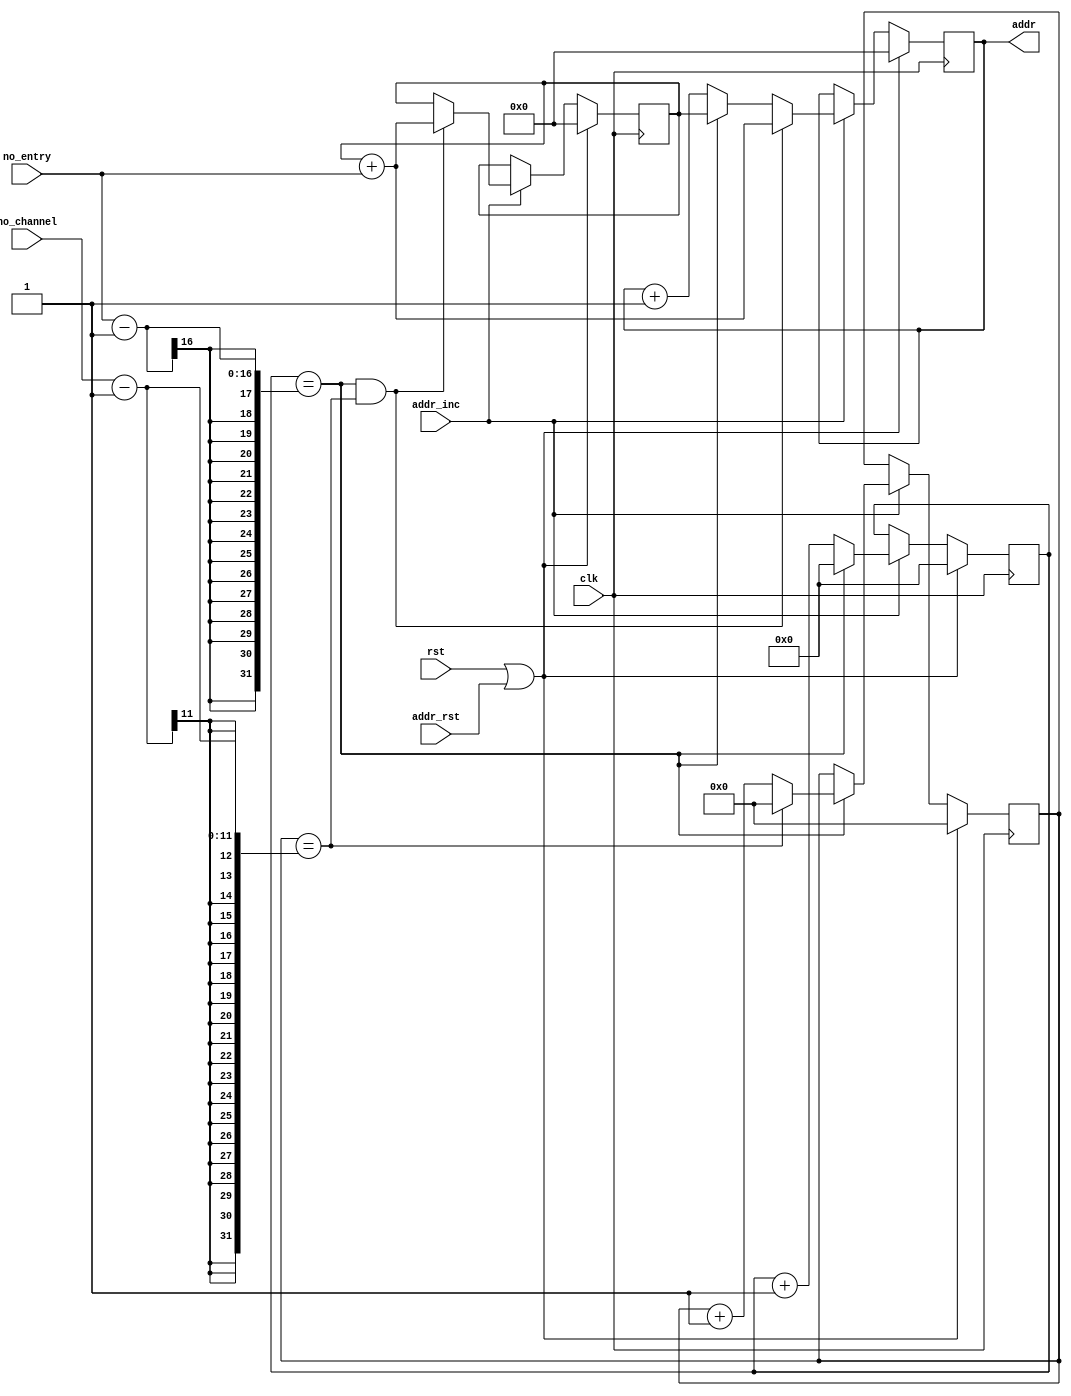
`timescale 1ns / 1ps
//////////////////////////////////////////////////////////////////////////////////
// Company: 
// Engineer: 
// 
// Design Name: 
// Module Name: out_addr_gen
// Project Name: 
// Target Devices: 
// Tool Versions: 
// Description: 
// 
// Dependencies: 
// 
// Revision:
// Revision 0.01 - File Created
// Additional Comments:
// 
//////////////////////////////////////////////////////////////////////////////////


module out_addr_gen(
clk,rst,

addr_rst,
addr_inc, // connect to ff_ren
no_entry, // number of entries in 1 channel (width*width)
no_channel,

addr
    );
    
    parameter BRAM_ADDR_BIT = 32;
    parameter NO_ENTRY_BIT = 16;
    parameter NO_CHANNEL_BIT = 11;
/////////////////////////////////////////////////////////////////////////////
    input                               clk,rst,addr_inc;
    input       [NO_ENTRY_BIT-1:0]      no_entry;
    input       [NO_CHANNEL_BIT-1:0]    no_channel;
    input                               addr_rst;
    output  reg [BRAM_ADDR_BIT-1:0]     addr;
/////////////////////////////////////////////////////////////////////////////
    reg     [BRAM_ADDR_BIT-1:0]         addr_savePoint;
    
    reg     [NO_ENTRY_BIT-1:0]          entry_cnt;
    wire                                entry_end;
    reg     [NO_CHANNEL_BIT-1:0]        channel_cnt;
    wire                                channel_end;
/////////////////////////////////////////////////////////////////////////////
    assign entry_end = entry_cnt==no_entry-1;
    assign channel_end = channel_cnt== no_channel-1;
/////////////////////////////////////////////////////////////////////////////
    always@(posedge clk) begin
        if(rst|addr_rst) begin
            entry_cnt <= 0;
        end
        else if(addr_inc)begin
            if(entry_cnt==no_entry-1) begin
                entry_cnt <= 0;
            end
            else begin
                entry_cnt <= entry_cnt+1;
            end
        end
    end
    
    always@(posedge clk) begin
        if(rst|addr_rst) begin
            channel_cnt <= 0;
        end
        else if(addr_inc)begin
            if(entry_end) begin
                if(channel_cnt== no_channel-1) begin
                    channel_cnt <= 0;
                end
                else begin
                    channel_cnt <= channel_cnt+1;
                end
            end
        end
    end
    
    always@(posedge clk) begin
        if(rst|addr_rst) begin
            addr <= 0;
            addr_savePoint <= 0;
        end
        else if(addr_inc)begin
            if(entry_end && channel_end) begin
                addr <= addr_savePoint + no_entry;
                addr_savePoint <= addr_savePoint + no_entry;
            end
            else if(entry_end) begin
                addr <= addr_savePoint;
            end
            else begin
                addr <= addr + 1;
            end
        end
    end
endmodule